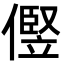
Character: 㒘